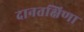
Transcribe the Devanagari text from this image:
दानतक्षिणा